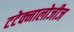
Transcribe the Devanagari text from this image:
टटेक्नालोजीज